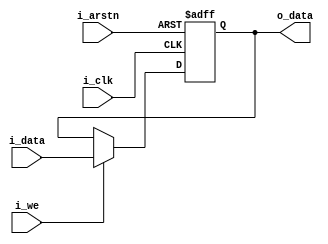
`timescale 1ns/1ps

module flopr(i_clk, i_arstn, i_we, i_data, o_data);

input i_clk;
input i_we;
input i_arstn;
input [31:0] i_data;
output reg [31:0] o_data;

always @(posedge i_clk or negedge i_arstn) begin 
	if(!i_arstn) begin 
		o_data <= 32'b0;
	end else if(i_we) begin
		o_data <= i_data;
	end else begin 
		o_data <= o_data;
	end 
end

endmodule